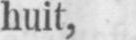
huit,